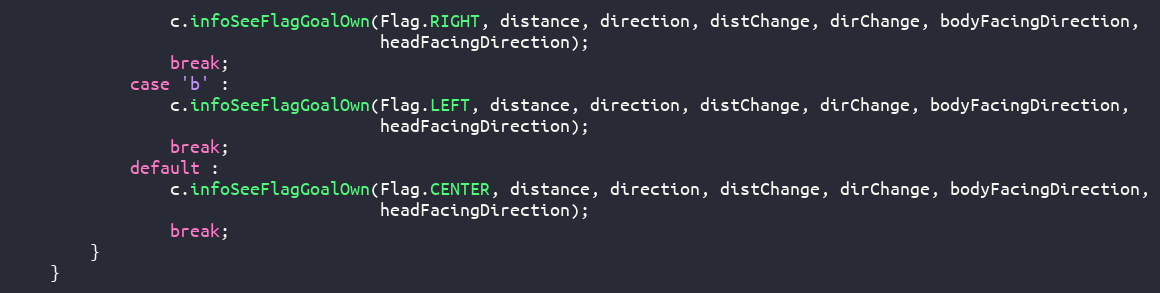
Language: Java
                c.infoSeeFlagGoalOwn(Flag.RIGHT, distance, direction, distChange, dirChange, bodyFacingDirection,
                                     headFacingDirection);
                break;
            case 'b' :
                c.infoSeeFlagGoalOwn(Flag.LEFT, distance, direction, distChange, dirChange, bodyFacingDirection,
                                     headFacingDirection);
                break;
            default :
                c.infoSeeFlagGoalOwn(Flag.CENTER, distance, direction, distChange, dirChange, bodyFacingDirection,
                                     headFacingDirection);
                break;
        }
    }